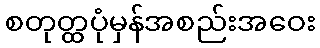
စတုတ္ထပုံမှန်အစည်းအဝေး